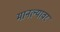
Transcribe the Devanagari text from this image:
मानल्यावर